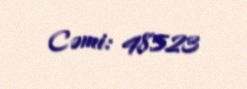
Cəmi: 48523